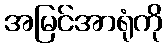
အမြင်အာရုံကို